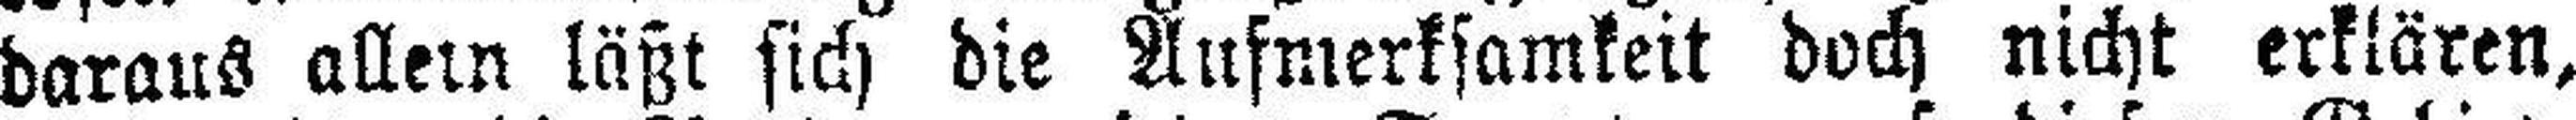
daraus allem läßt sich die Aufmerksamkeit doch nicht erklären,